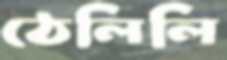
ঠেলিলি